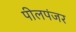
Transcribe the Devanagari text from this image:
पीलपंजर